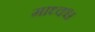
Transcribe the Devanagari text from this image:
माध्वश्च